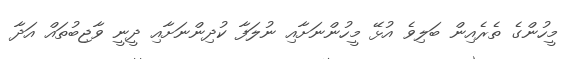
މީހުންގެ ތެރެއިން ބަލިވެ އުޅޭ މީހުންނަށާއި ނުލަފާ ކުދިންނަށާއި ދީނީ ވާޖިބުތައް އަދާ